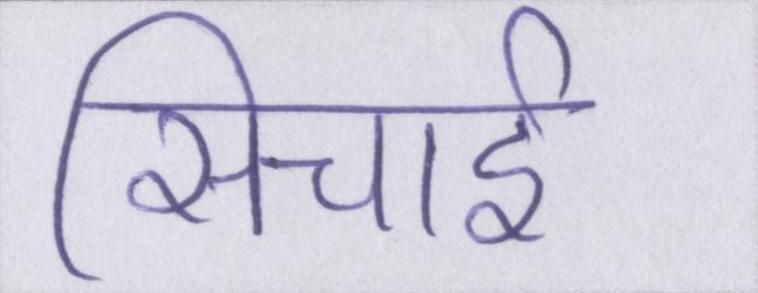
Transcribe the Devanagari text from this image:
सिचाई